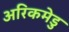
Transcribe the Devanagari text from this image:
अरिकमेडु